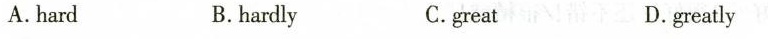
A.hard B.hardly C.great D.greatly